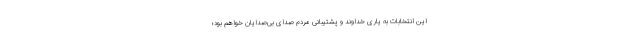
این انتخابات به یاری خداوند و پشتیبانی مردم صدای بی‌صدایان خواهم بود؛